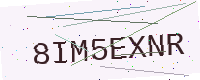
Text: 8IM5EXNR